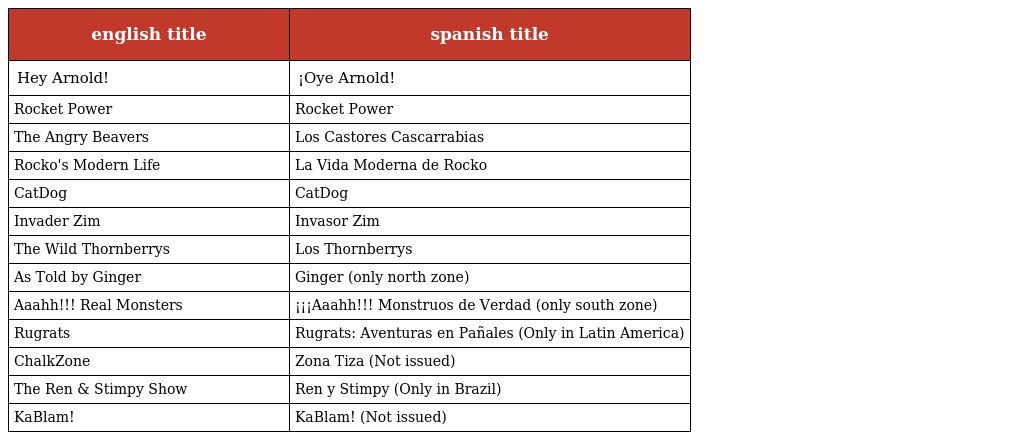
| english title | spanish title |
 | --- | --- |
 | Hey Arnold! | ¡Oye Arnold! |
 | Rocket Power | Rocket Power |
 | The Angry Beavers | Los Castores Cascarrabias |
 | Rocko's Modern Life | La Vida Moderna de Rocko |
 | CatDog | CatDog |
 | Invader Zim | Invasor Zim |
 | The Wild Thornberrys | Los Thornberrys |
 | As Told by Ginger | Ginger (only north zone) |
 | Aaahh!!! Real Monsters | ¡¡¡Aaahh!!! Monstruos de Verdad (only south zone) |
 | Rugrats | Rugrats: Aventuras en Pañales (Only in Latin America) |
 | ChalkZone | Zona Tiza (Not issued) |
 | The Ren & Stimpy Show | Ren y Stimpy (Only in Brazil) |
 | KaBlam! | KaBlam! (Not issued) |